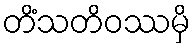
တိံသတိဝဿမှိ